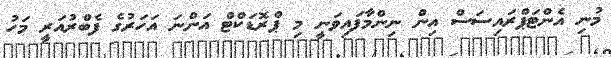
މުނި އެންޓަޕްރައިސަސް އިން ނިންމާފައިވަނީ މި ޕްރޮޑަކްޓް އަންނަ އަހަރުގެ ފެބްރުއަރީ މަހު